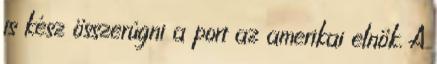
is kész összerúgni a port az amerikai elnök. A